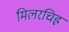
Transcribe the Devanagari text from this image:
मिलरचिह्र